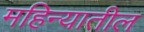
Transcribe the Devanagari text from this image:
महिन्‍यातील